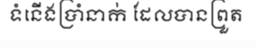
ទំនើងប្រាំនាក់ ដែលបានព្រួត